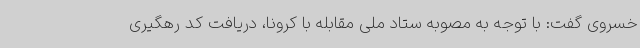
خسروی گفت: با توجه به مصوبه ستاد ملی مقابله با کرونا، دریافت کد رهگیری